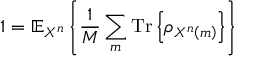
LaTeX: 1 = \mathbb { E } _ { X ^ { n } } \left\{ { \frac { 1 } { M } } \sum _ { m } { \mathrm { T r } } \left\{ \rho _ { X ^ { n } \left( m \right) } \right\} \right\}